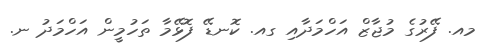
މއ. ފޭރުގެ މުޖާޒް އަހްމަދާއި ގއ. ކޮނޑޭ ފޮޅޭމާ ތަހުމީން އަހްމަދު ނ.